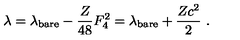
\lambda = \lambda _ { \mathrm { b a r e } } - \frac { Z } { 4 8 } F _ { 4 } ^ { 2 } = \lambda _ { \mathrm { b a r e } } + \frac { Z c ^ { 2 } } { 2 } \ .